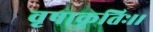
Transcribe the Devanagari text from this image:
वृषाकृतिः।।